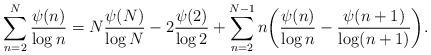
LaTeX: \begin{align*}\sum_{n = 2}^N \frac{\psi(n)}{\log n} = N \frac{\psi(N)}{\log N} - 2 \frac{\psi(2)}{\log 2}+ \sum_{n = 2}^{N-1} n \bigg(\frac{\psi(n)}{\log n} - \frac{\psi(n+1)}{\log(n+1)} \bigg).\end{align*}